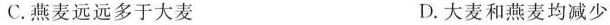
C.燕麦远远多于大麦 D.大麦和燕麦均减少